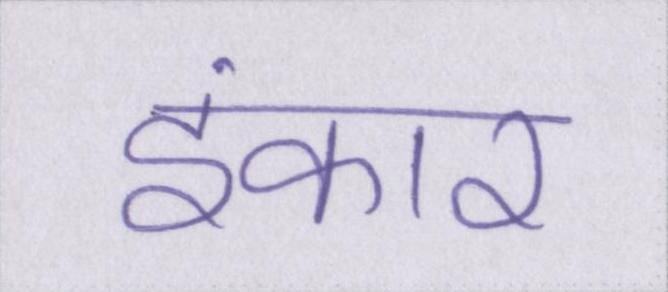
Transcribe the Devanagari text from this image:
इंकार